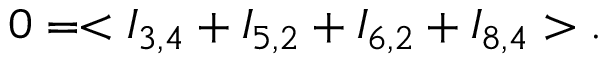
0 = < I _ { 3 , 4 } + I _ { 5 , 2 } + I _ { 6 , 2 } + I _ { 8 , 4 } > .